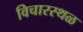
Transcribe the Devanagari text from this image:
विचारस्थळ